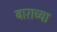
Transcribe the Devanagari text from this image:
बाराच्या